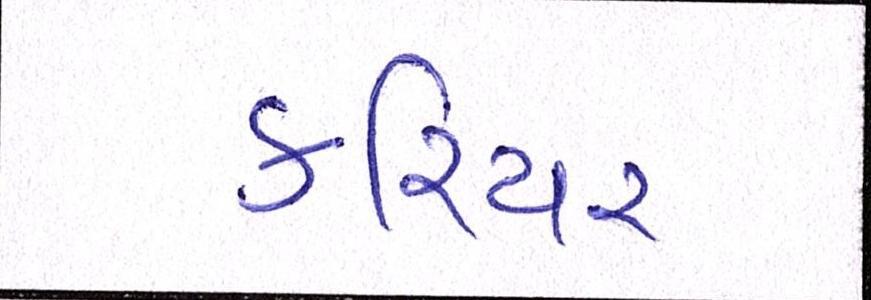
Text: કરિયર